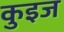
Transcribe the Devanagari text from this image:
कुइज